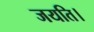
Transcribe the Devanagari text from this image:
जयति।